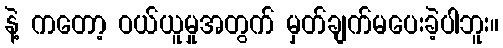
နဲ့ ကတော့ ဝယ်ယူမှုအတွက် မှတ်ချက်မပေးခဲ့ပါဘူး။